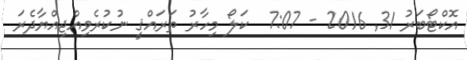
އޮކްޓޯބަރު 31